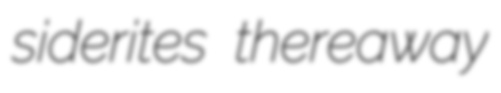
siderites thereaway